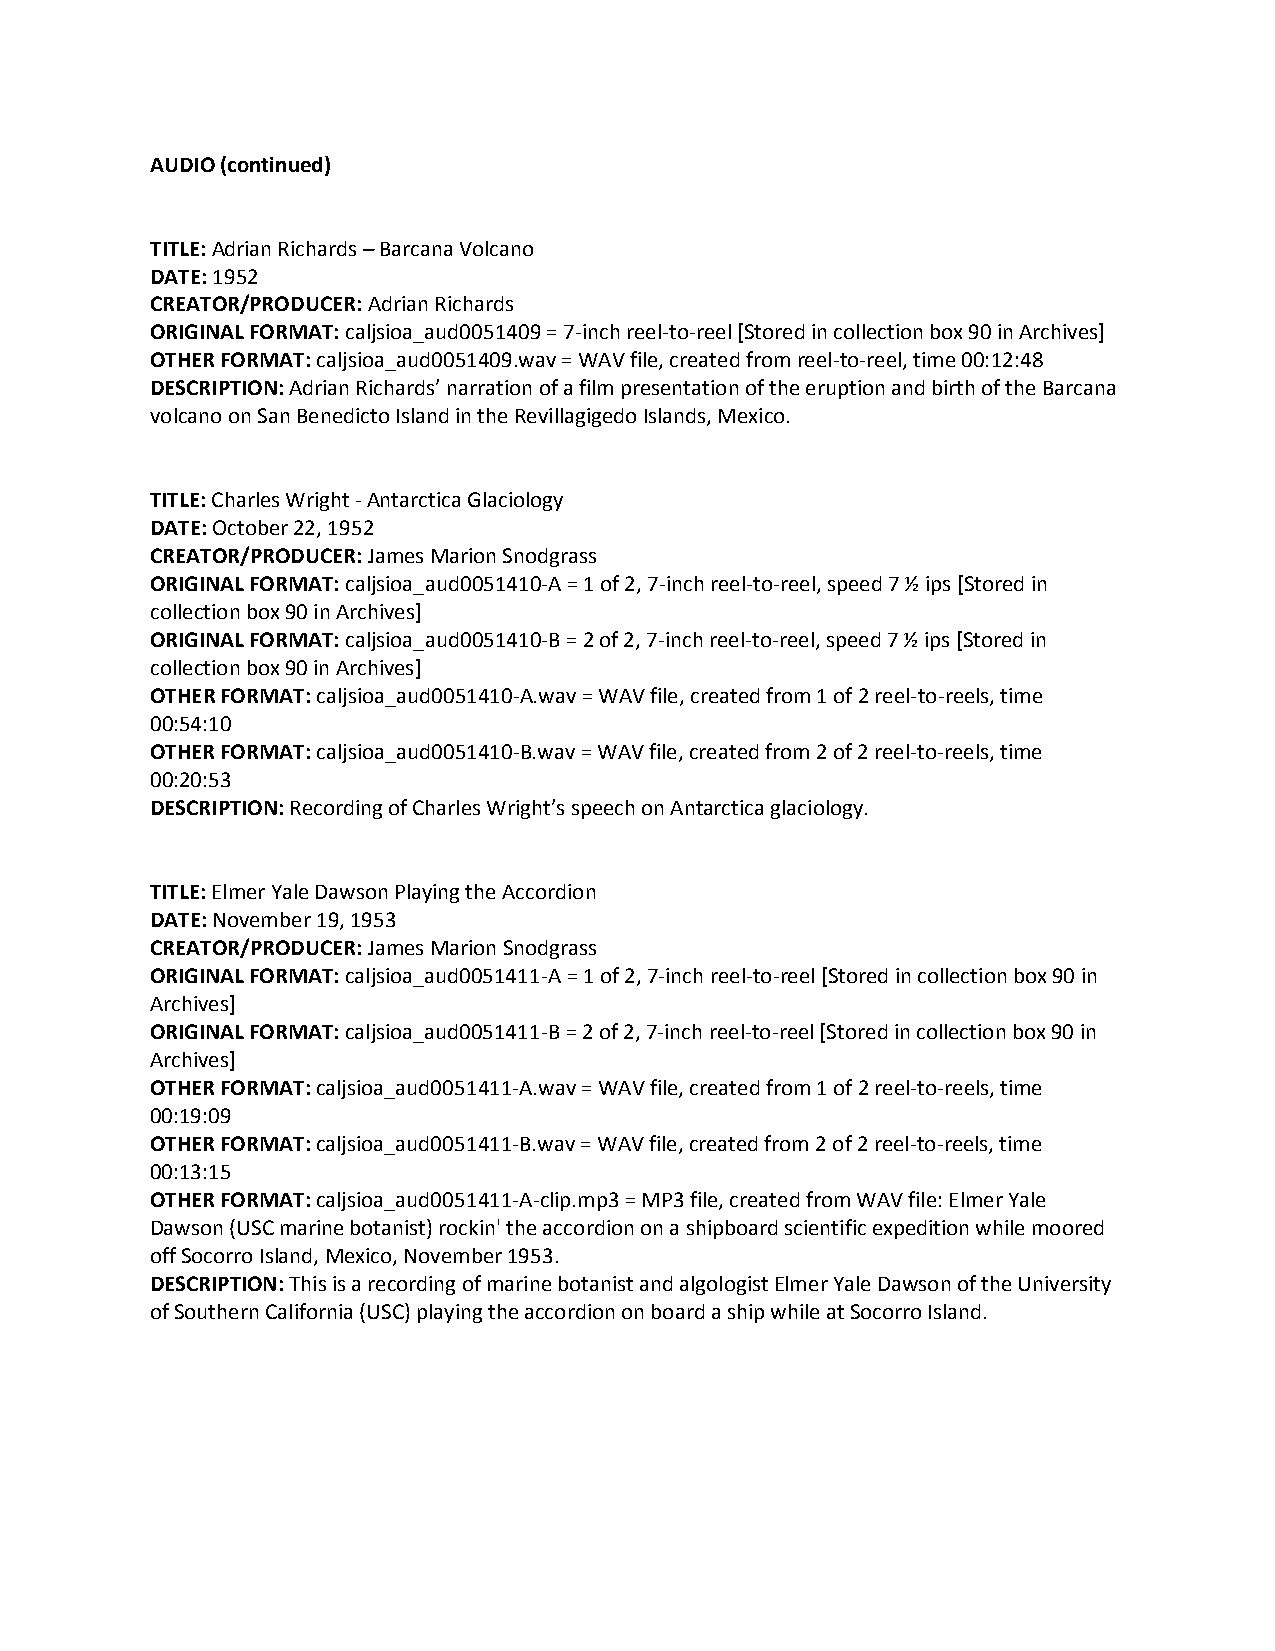
AUDIO (continued)
 TITLE: Adrian Richards – Barcana Volcano
 DATE: 1952
 CREATOR/PRODUCER: Adrian Richards
 ORIGINAL FORMAT: caljsioa_aud0051409 = 7-inch reel-to-reel [Stored in collection box 90 in Archives]
 OTHER FORMAT: caljsioa_aud0051409.wav = WAV file, created from reel-to-reel, time 00:12:48
 DESCRIPTION: Adrian Richards’ narration of a film presentation of the eruption and birth of the Barcana
 volcano on San Benedicto Island in the Revillagigedo Islands, Mexico.
 TITLE: Charles Wright - Antarctica Glaciology
 DATE: October 22, 1952
 CREATOR/PRODUCER: James Marion Snodgrass
 ORIGINAL FORMAT: caljsioa_aud0051410-A = 1 of 2, 7-inch reel-to-reel, speed 7 ½ ips [Stored in
 collection box 90 in Archives]
 ORIGINAL FORMAT: caljsioa_aud0051410-B = 2 of 2, 7-inch reel-to-reel, speed 7 ½ ips [Stored in
 collection box 90 in Archives]
 OTHER FORMAT: caljsioa_aud0051410-A.wav = WAV file, created from 1 of 2 reel-to-reels, time
 00:54:10
 OTHER FORMAT: caljsioa_aud0051410-B.wav = WAV file, created from 2 of 2 reel-to-reels, time
 00:20:53
 DESCRIPTION: Recording of Charles Wright’s speech on Antarctica glaciology.
 TITLE: Elmer Yale Dawson Playing the Accordion
 DATE: November 19, 1953
 CREATOR/PRODUCER: James Marion Snodgrass
 ORIGINAL FORMAT: caljsioa_aud0051411-A = 1 of 2, 7-inch reel-to-reel [Stored in collection box 90 in
 Archives]
 ORIGINAL FORMAT: caljsioa_aud0051411-B = 2 of 2, 7-inch reel-to-reel [Stored in collection box 90 in
 Archives]
 OTHER FORMAT: caljsioa_aud0051411-A.wav = WAV file, created from 1 of 2 reel-to-reels, time
 00:19:09
 OTHER FORMAT: caljsioa_aud0051411-B.wav = WAV file, created from 2 of 2 reel-to-reels, time
 00:13:15
 OTHER FORMAT: caljsioa_aud0051411-A-clip.mp3 = MP3 file, created from WAV file: Elmer Yale
 Dawson (USC marine botanist) rockin' the accordion on a shipboard scientific expedition while moored
 off Socorro Island, Mexico, November 1953.
 DESCRIPTION: This is a recording of marine botanist and algologist Elmer Yale Dawson of the University
 of Southern California (USC) playing the accordion on board a ship while at Socorro Island.